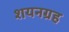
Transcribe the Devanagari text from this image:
शयनग्रह